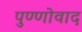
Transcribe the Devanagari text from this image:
पुण्णोवाद